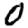
Digit: 0